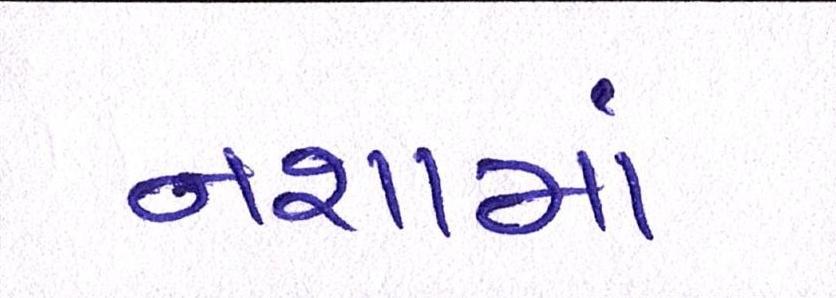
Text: નશામાં